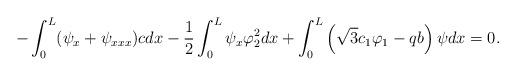
LaTeX: \begin{align*}-\int_0^L (\psi_x + \psi_{xxx})c dx-\frac{1}{2}\int_0^L \psi_x \varphi_2^2 dx+ \int_0^L \left(\sqrt{3} c_1 \varphi_1 - q b\right)\psi dx=0.\end{align*}